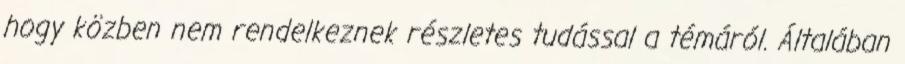
hogy közben nem rendelkeznek részletes tudással a témáról. Általában